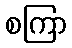
စကြာ